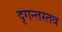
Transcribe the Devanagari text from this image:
दृगन्तस्तव